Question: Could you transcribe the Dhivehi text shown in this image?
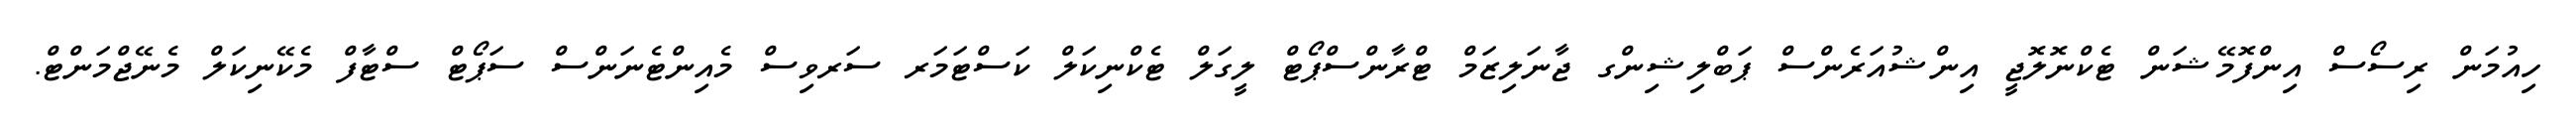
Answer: ހިއުމަން ރިސޯސް އިންފޮމޭޝަން ޓެކްނޮލޮޖީ އިންޝުއަރެންސް ޕަބްލިޝިންގ ޖާނަލިޒަމް ޓްރާންސްޕޯޓް ލީގަލް ޓެކްނިކަލް ކަސްޓަމަރ ސަރވިސް މެއިންޓެނަންސް ސަޕޯޓް ސްޓާފް މެކޭނިކަލް މެނޭޖްމަންޓް.